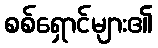
စစ်ရှောင်များ၏